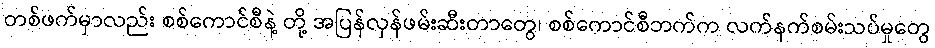
တစ်ဖက်မှာလည်း စစ်ကောင်စီနဲ့ တို့ အပြန်လှန်ဖမ်းဆီးတာတွေ၊ စစ်ကောင်စီဘက်က လက်နက်စမ်းသပ်မှုတွေ